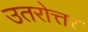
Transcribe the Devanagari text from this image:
उतरोत्तर